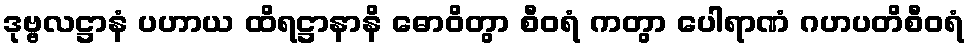
ဒုဗ္ဗလဋ္ဌာနံ ပဟာယ ထိရဋ္ဌာနာနိ ဓောဝိတွာ စီဝရံ ကတွာ ပေါရာဏံ ဂဟပတိစီဝရံ